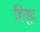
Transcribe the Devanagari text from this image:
हिनूद